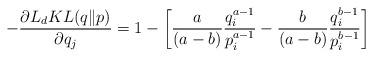
LaTeX: \begin{align*}-\frac{\partial L_{d}KL(q\|p)}{\partial q_{j}}=1-\left[\frac{a}{\left(a-b\right)}\frac{q_{i}^{a-1}}{p_{i}^{a-1}}-\frac{b}{\left(a-b\right)}\frac{q_{i}^{b-1}}{p_{i}^{b-1}}\right] \end{align*}